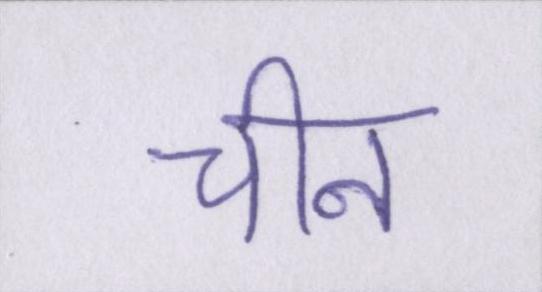
चीन